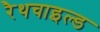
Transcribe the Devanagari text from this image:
रैथचाइल्ड